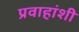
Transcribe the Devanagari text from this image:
प्रवाहांशी